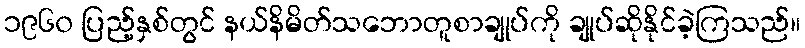
၁၉၆၀ ပြည့်နှစ်တွင် နယ်နိမိတ်သဘောတူစာချုပ်ကို ချုပ်ဆိုနိုင်ခဲ့ကြသည်။